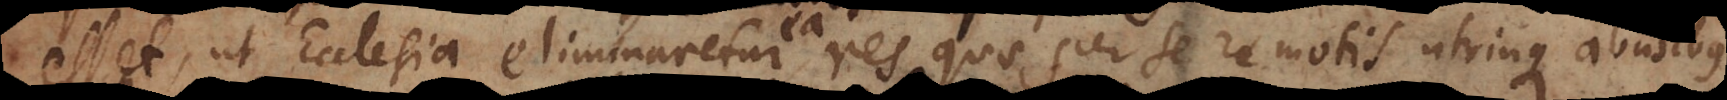
esset, ut Ecclesia eliminaretur ea res quae per se remotis